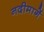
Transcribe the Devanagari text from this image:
नदीमार्गे